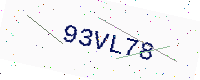
Text: 93VL78